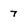
Character: 7